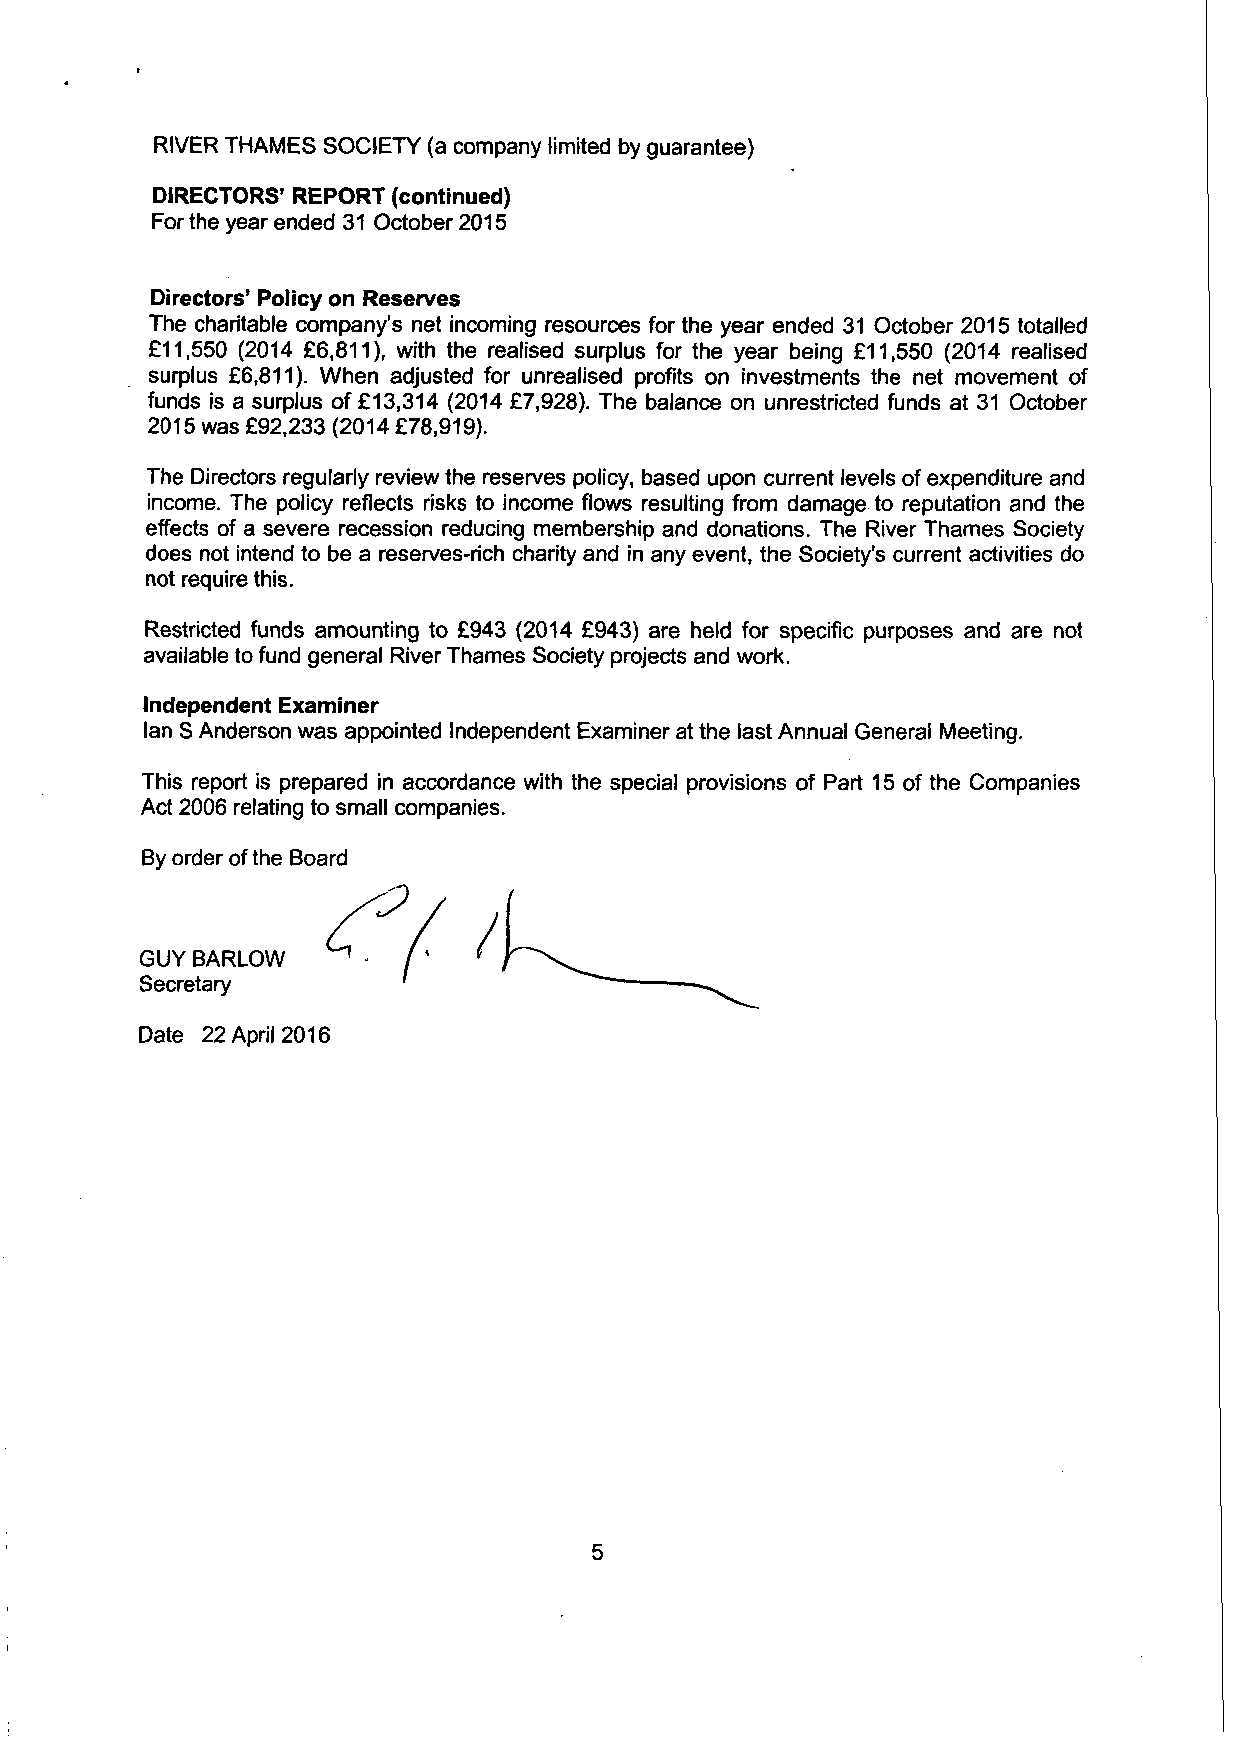
RIVER THAMES SOCIETY (a company limited by guarantee)
 DIRECTORS* REPORT (continued)
 Forthe year ended 31 October 2015
 Directors' Policy on Reserves
 The charitable company's net incoming resources for the year ended 31 October 2015 totalled
 £11,550 (2014 £6,811), with the realised surplus for the year being £11,550 (2014 realised
 surplus £6,811). When adjusted for unrealised profits on investments the net movement of
 funds is a surplus of £13,314 (2014 £7,928). The balance on unrestricted funds at 31 October
 2015 was £92,233 (2014 £78,919).
 The Directors regularly review the reserves policy, based upon current levels of expenditure and
 income. The policy reflects risks to income flows resulting from damage to reputation and the
 effects of a severe recession reducing membership and donations. The River Thames Society
 does not intend to be a reserves-rich charity and in any event, the Society's current activities do
 not require this.
 Restricted funds amounting to £943 (2014 £943) are held for specific purposes and are not
 available to fund general River Thames Society projects and work.
 Independent Examiner
 lan S Anderson was appointed Independent Examiner at the last Annual General Meeting.
 This report is prepared in accordance with the special provisions of Part 15 of the Companies
 Act 2006 relating to small companies.
 By order of the Board
 GUY BARLOW
 Secretary
 Date 22 April 2016
 5